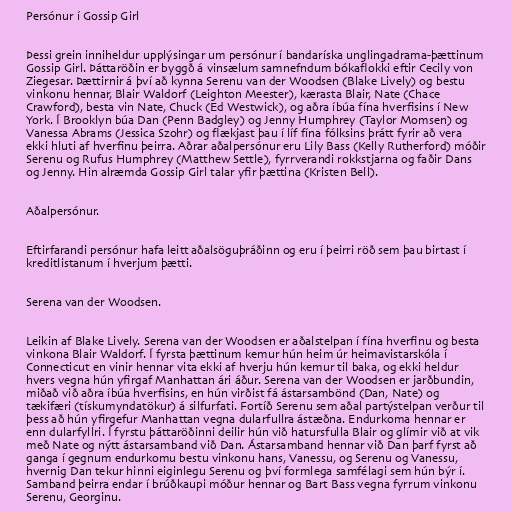
Persónur í Gossip Girl

Þessi grein inniheldur upplýsingar um persónur í bandaríska unglingadrama-þættinum
Gossip Girl. Þáttaröðin er byggð á vinsælum samnefndum bókaflokki eftir Cecily von
Ziegesar. Þættirnir á því að kynna Serenu van der Woodsen (Blake Lively) og bestu
vinkonu hennar, Blair Waldorf (Leighton Meester), kærasta Blair, Nate (Chace
Crawford), besta vin Nate, Chuck (Ed Westwick), og aðra íbúa fína hverfisins í New
York. Í Brooklyn búa Dan (Penn Badgley) og Jenny Humphrey (Taylor Momsen) og
Vanessa Abrams (Jessica Szohr) og flækjast þau í líf fína fólksins þrátt fyrir að vera
ekki hluti af hverfinu þeirra. Aðrar aðalpersónur eru Lily Bass (Kelly Rutherford) móðir
Serenu og Rufus Humphrey (Matthew Settle), fyrrverandi rokkstjarna og faðir Dans
og Jenny. Hin alræmda Gossip Girl talar yfir þættina (Kristen Bell).

Aðalpersónur.

Eftirfarandi persónur hafa leitt aðalsöguþráðinn og eru í þeirri röð sem þau birtast í
kreditlistanum í hverjum þætti.

Serena van der Woodsen.

Leikin af Blake Lively. Serena van der Woodsen er aðalstelpan í fína hverfinu og besta
vinkona Blair Waldorf. Í fyrsta þættinum kemur hún heim úr heimavistarskóla í
Connecticut en vinir hennar vita ekki af hverju hún kemur til baka, og ekki heldur
hvers vegna hún yfirgaf Manhattan ári áður. Serena van der Woodsen er jarðbundin,
miðað við aðra íbúa hverfisins, en hún virðist fá ástarsambönd (Dan, Nate) og
tækifæri (tískumyndatökur) á silfurfati. Fortíð Serenu sem aðal partýstelpan verður til
þess að hún yfirgefur Manhattan vegna dularfullra ástæðna. Endurkoma hennar er
enn dularfyllri. Í fyrstu þáttaröðinni deilir hún við hatursfulla Blair og glímir við at vik
með Nate og nýtt ástarsamband við Dan. Ástarsamband hennar við Dan þarf fyrst að
ganga í gegnum endurkomu bestu vinkonu hans, Vanessu, og Serenu og Vanessu,
hvernig Dan tekur hinni eiginlegu Serenu og því formlega samfélagi sem hún býr í.
Samband þeirra endar í brúðkaupi móður hennar og Bart Bass vegna fyrrum vinkonu
Serenu, Georginu.